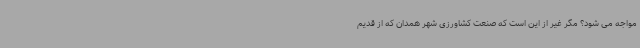
مواجه می شود؟ مگر غیر از این است که صنعت کشاورزی شهر همدان که از قدیم